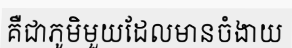
គឺជាភូមិមួយដែលមានចំងាយ